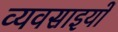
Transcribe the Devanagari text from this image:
व्यवसाइयों